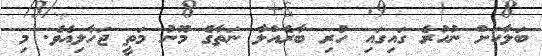
ބަލާކަށް ނުހުރެ ގައިގައި ހުރި ބާރެއްލާ ނަތާގެ މޫނު މަތީ ޖަހާލިއެވެ. މި